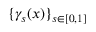
\{ \gamma _ { s } ( x ) \} _ { s \in [ 0 , 1 ] }